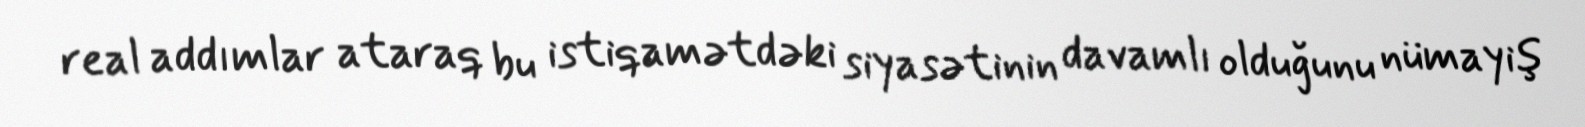
real addımlar ataraq bu istiqamətdəki siyasətinin davamlı olduğunu nümayiş